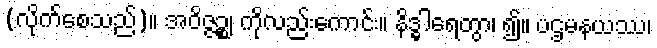
(လိုက်စေသည်)။ အဝိဇ္ဇဉ္စ၊ ကိုလည်းကောင်း။ နိဒ္ဓါရေတွာ၊ ၍။ ပဌမနယဿ၊